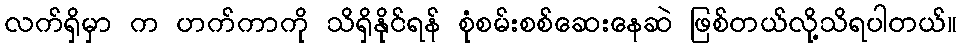
လက်ရှိမှာ က ဟက်ကာကို သိရှိနိုင်ရန် စုံစမ်းစစ်ဆေးနေဆဲ ဖြစ်တယ်လို့သိရပါတယ်။